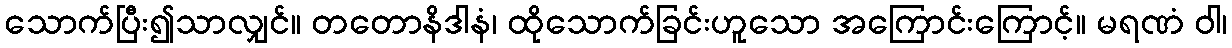
သောက်ပြီး၍သာလျှင်။ တတောနိဒါနံ၊ ထိုသောက်ခြင်းဟူသော အကြောင်းကြောင့်။ မရဏံ ဝါ၊